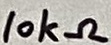
Text: 10kΩ